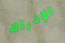
الإدراك